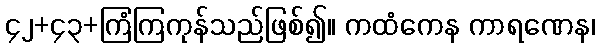
၄၂+၄၃+ကြံကြကုန်သည်ဖြစ်၍။ ကထံကေန ကာရဏေန၊